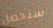
سنحصل